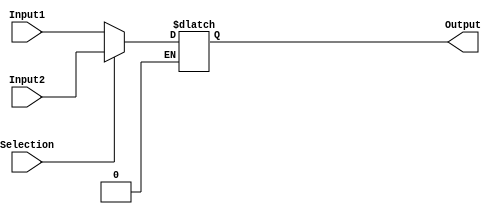
`timescale 1ns / 1ps
//////////////////////////////////////////////////////////////////////////////////
// Company: 
// Engineer: 
// 
// Design Name: 
// Module Name:    TwoBitTrueMux 
// Project Name: 
// Target Devices: 
// Tool versions: 
// Description: 
//
// Dependencies: 
//
// Revision: 
// Revision 0.01 - File Created
// Additional Comments: 
//
//////////////////////////////////////////////////////////////////////////////////
module Mux_1Bit(
    input [15:0] Input1,
    input [15:0] Input2,
	 input Selection,
    output reg [15:0] Output
    );
	 
	always @ (Selection or Input1 or Input2)
	begin
		if (Selection == 0)
			Output = Input1;
		else if (Selection == 1)
			Output = Input2;
	end

endmodule